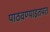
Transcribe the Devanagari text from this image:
पाठवण्याइतपत